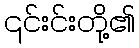
၎င်းင်းတို့၏